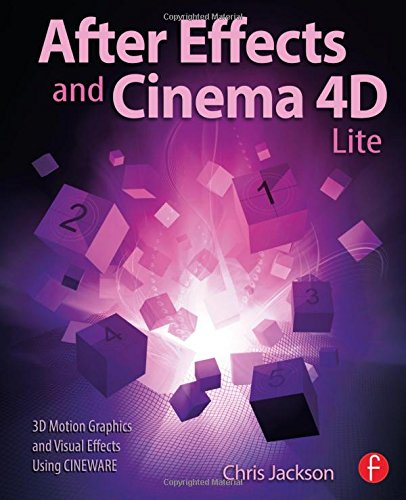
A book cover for After Effects and Cinema 4D Lite: 3D Motion Graphics and Visual Effects Using CINEWARE; Chris Jackson; Computers & Technology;